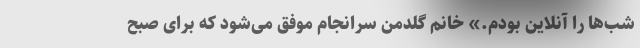
شب‌ها را آنلاین بودم.» خانم گلدمن سرانجام موفق می‌شود که برای صبح